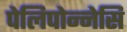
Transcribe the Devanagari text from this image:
पेलिपोन्नेसि